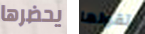
يحضرها تقولها